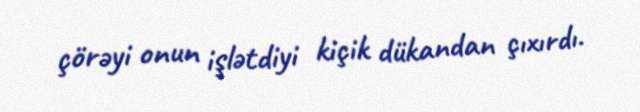
çörəyi onun işlətdiyi kiçik dükandan çıxırdı.